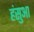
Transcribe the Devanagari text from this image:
हंसुआ